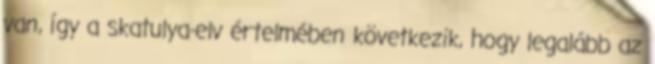
van, így a skatulya-elv értelmében következik, hogy legalább az